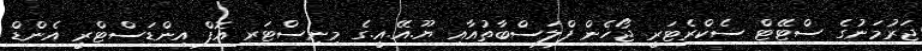
ޖަރުމަނުގެ ސްޓޭޓް ސެކްރެޓަރީ ޖޯހެން ފްލަސްބާތުއާއި ޔޫ.އޭ.އީ.ގެ މިނިސްޓަރ އޮފް އިންޑަސްޓްރީ އެންޑް